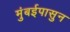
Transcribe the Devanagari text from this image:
मुंबईपासुन